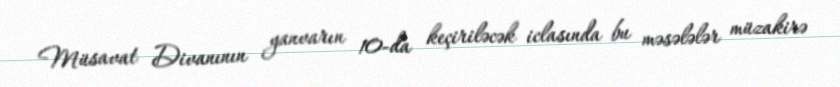
Müsavat Divanının yanvarın 10-da keçiriləcək iclasında bu məsələlər müzakirə